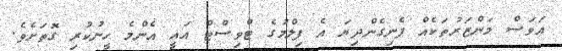
އަވަސް މަންޒަރުތަކެއް ފެނިގެންދިޔަ އެ ފިލްމުގެ ޓްވިސްޓް އައީ އެންމެ ހީނުކުރި ގޮތަށެވެ.